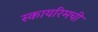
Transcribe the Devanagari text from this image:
स्कायरिमची